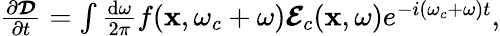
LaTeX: \begin{array}{r}{\frac{\partial\boldsymbol{\mathcal{D}}}{\partial t}=\int\frac{\mathrm{d}\omega}{2\pi}f(\mathbf{x},\omega_{c}+\omega)\boldsymbol{\mathcal{E}}_{c}(\mathbf{x},\omega)e^{-i(\omega_{c}+\omega)t},}\end{array}